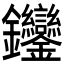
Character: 𨰼